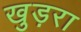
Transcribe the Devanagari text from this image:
खुड़रा